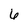
Character: 6